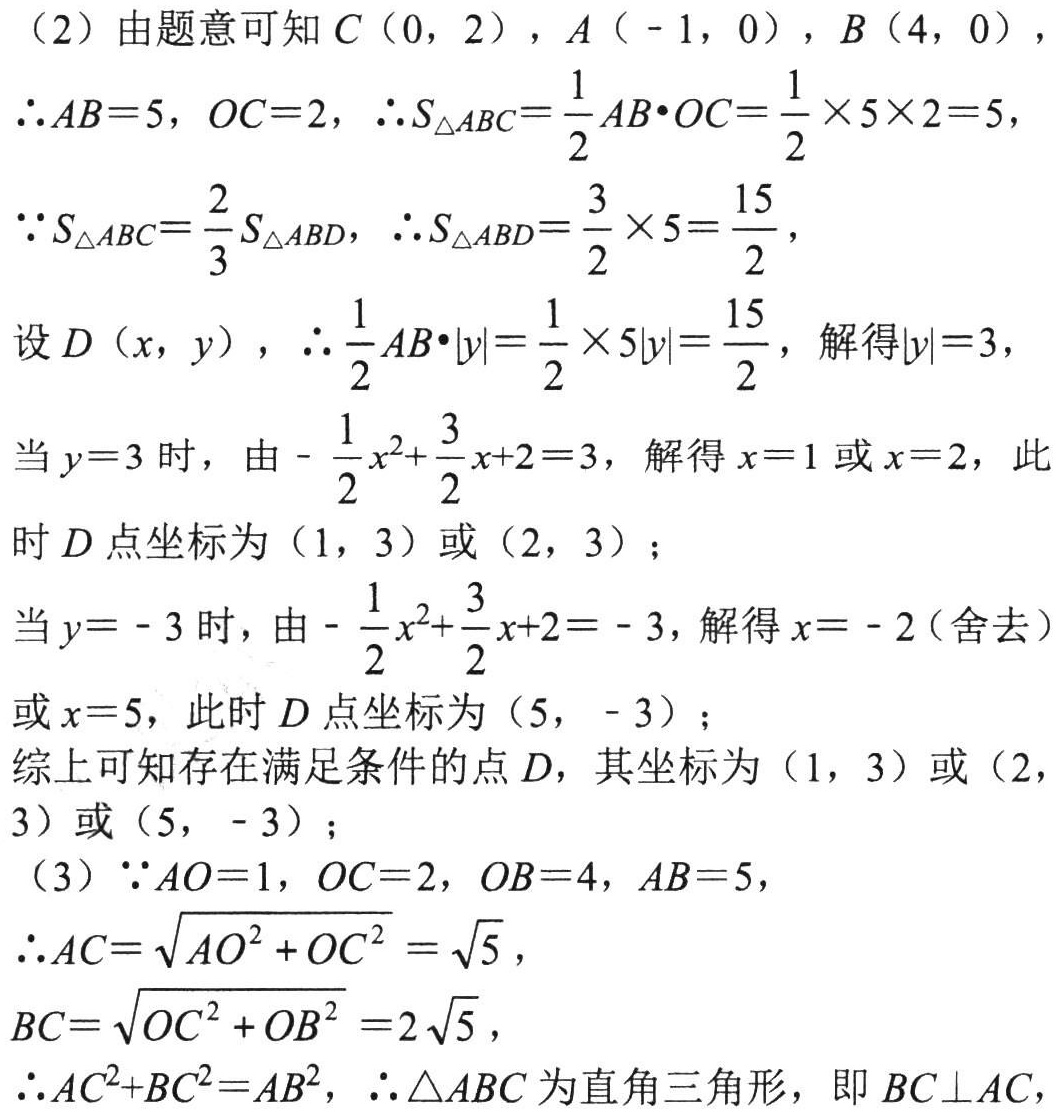
(2) 由题意可知\(C(0,2)\), \(A(-1,0)\), \(B(4,0)\),
\(\therefore AB = 5\), \(OC = 2\), \(\therefore S_{\triangle ABC}=\dfrac{1}{2}AB\cdot OC=\dfrac{1}{2}\times5\times2 = 5\),
\(\because S_{\triangle ABC}=\dfrac{2}{3}S_{\triangle ABD}\), \(\therefore S_{\triangle ABD}=\dfrac{3}{2}\times5=\dfrac{15}{2}\),
设\(D(x,y)\), \(\therefore\dfrac{1}{2}AB\cdot|y|=\dfrac{1}{2}\times5|y|=\dfrac{15}{2}\), 解得\(|y| = 3\),
当\(y = 3\)时，由\(-\dfrac{1}{2}x^{2}+\dfrac{3}{2}x + 2 = 3\), 解得\(x = 1\)或\(x = 2\), 此
时\(D\)点坐标为\((1,3)\)或\((2,3)\);
当\(y=-3\)时，由\(-\dfrac{1}{2}x^{2}+\dfrac{3}{2}x + 2=-3\), 解得\(x=-2\)（舍去）
或\(x = 5\), 此时\(D\)点坐标为\((5,-3)\);
综上可知存在满足条件的点\(D\), 其坐标为\((1,3)\)或\((2,3)\)或\((5,-3)\);
(3) \(\because AO = 1\), \(OC = 2\), \(OB = 4\), \(AB = 5\),
\(\therefore AC=\sqrt{AO^{2}+OC^{2}}=\sqrt{5}\),
\(BC=\sqrt{OC^{2}+OB^{2}}=2\sqrt{5}\),
\(\therefore AC^{2}+BC^{2}=AB^{2}\), \(\therefore\triangle ABC\)为直角三角形，即\(BC\perp AC\)